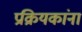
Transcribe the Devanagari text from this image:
प्रक्रियकांना